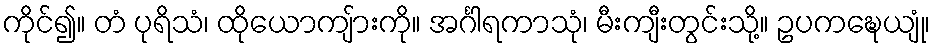
ကိုင်၍။ တံ ပုရိသံ၊ ထိုယောကျ်ားကို။ အင်္ဂါရကာသုံ၊ မီးကျီးတွင်းသို့။ ဥပကဍ္ဎေယျုံ၊